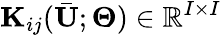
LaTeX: \mathbf{K}_{ij}(\bar{\mathbf{U}};\boldsymbol{\Theta})\in\mathbb{R}^{I\times I}